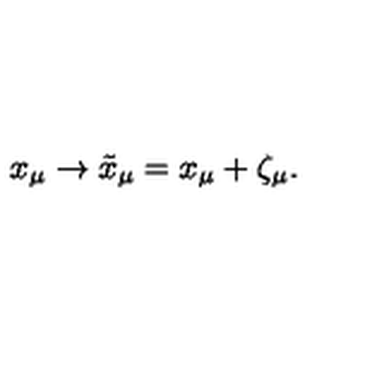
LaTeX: x _ { \mu } \to \tilde { x } _ { \mu } = x _ { \mu } + \zeta _ { \mu } .